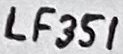
Text: LF351